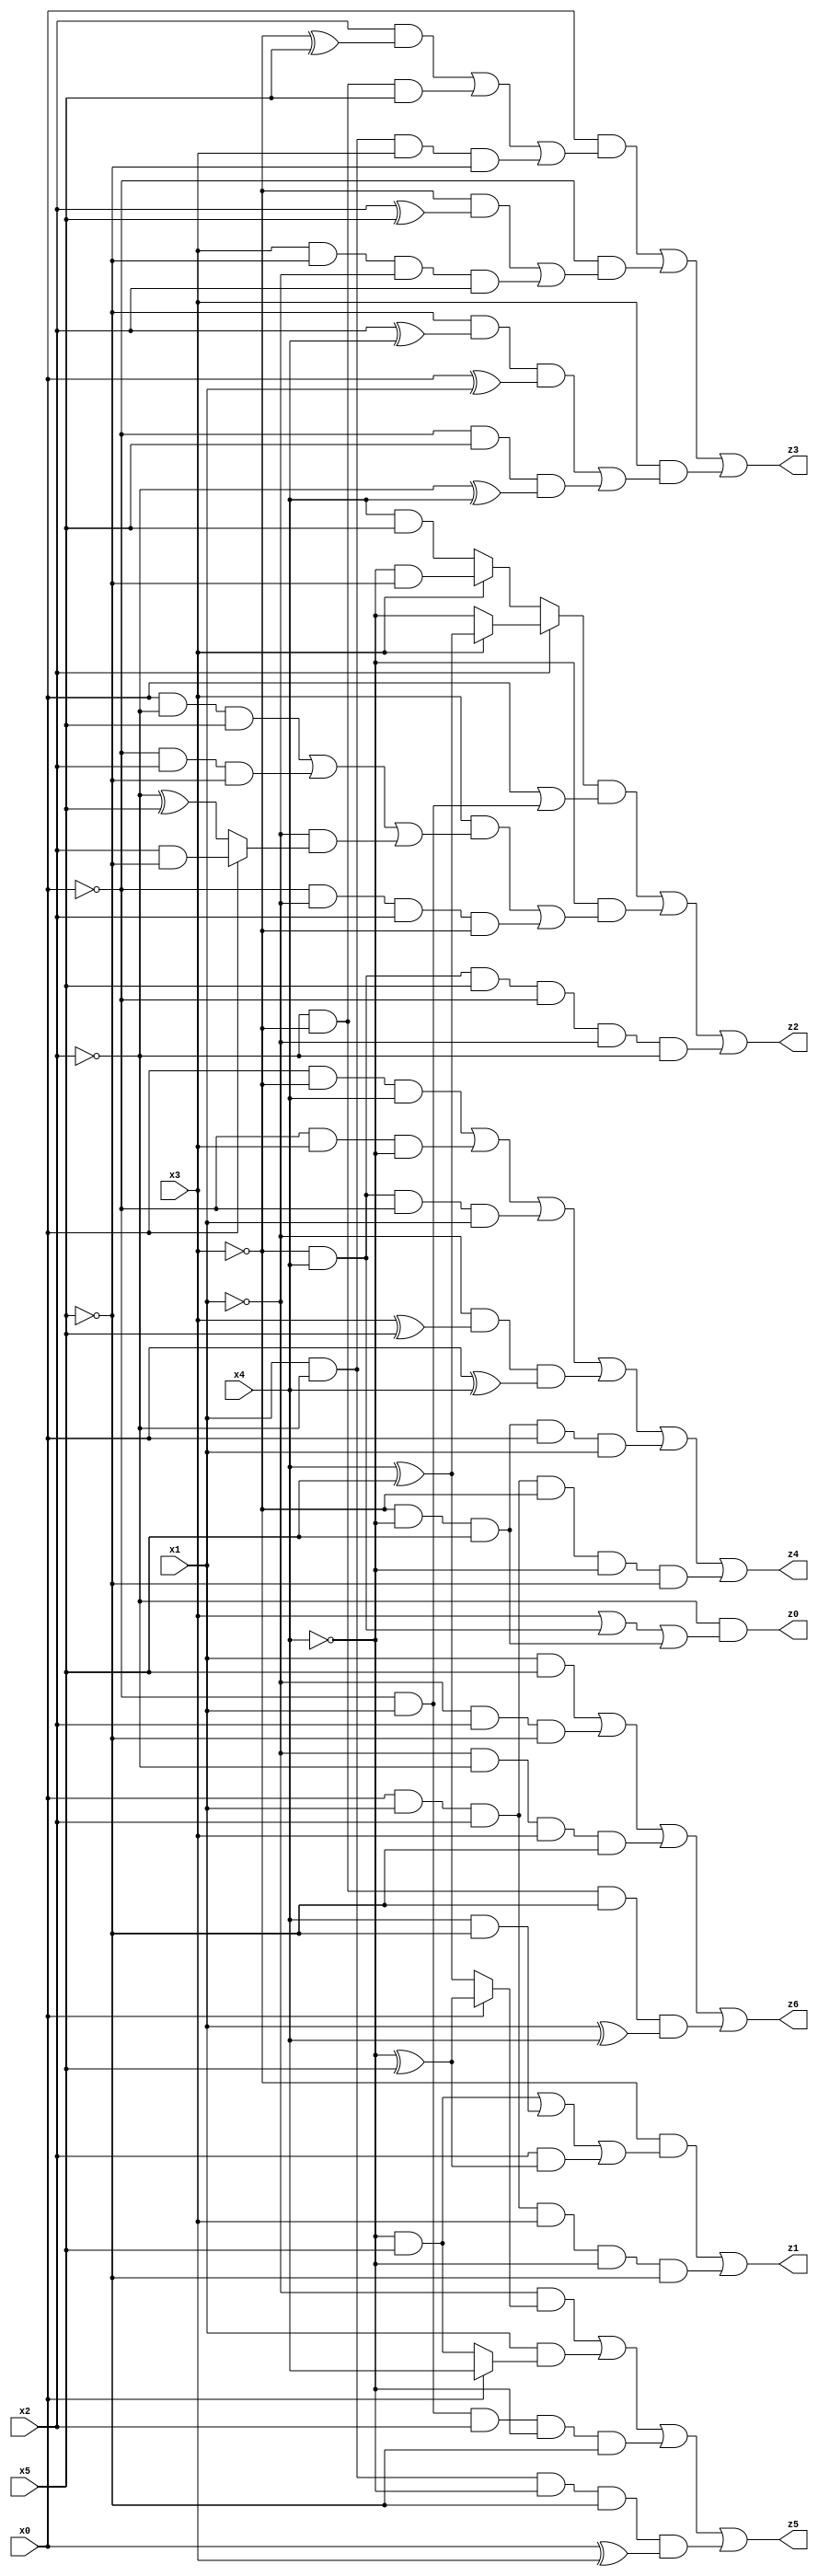
// Benchmark "X_5" written by ABC on Wed Jun 07 15:38:30 2023

module X_33 ( 
    x0, x1, x2, x3, x4, x5,
    z0, z1, z2, z3, z4, z5, z6  );
  input  x0, x1, x2, x3, x4, x5;
  output z0, z1, z2, z3, z4, z5, z6;
  assign z0 = ~x2 & (x3 | (~x3 & x4) | (~x3 & ~x4 & x5));
  assign z1 = (~x3 & ((~x4 & x5) | (x4 & ~x5) | (x2 & (~x4 ^ x5)))) | (x0 & x1 & x2 & x3 & ~x4 & ~x5);
  assign z2 = ((x2 ? (x3 ? (x4 ^ x5) : ~x4) : (x3 ? (~x4 & ~x5) : (x4 & x5))) & (x0 | (~x0 & x1))) | (~x4 & ((x3 & ((x0 & ~x2 & x5) | (~x0 & x2 & ~x5) | (~x1 & (x0 ? (x2 & ~x5) : (~x2 ^ x5))))) | (~x0 & ~x1 & x2 & ~x3))) | (~x3 & x4 & x5 & ~x0 & ~x1 & ~x2);
  assign z3 = (x0 & ((x2 & (~x3 ^ x5)) | (~x2 & ~x3 & x5) | (x1 & ~x2 & x3 & ~x5))) | (~x0 & ((~x3 & (x2 ^ x5)) | (x3 & ~x5 & ~x1 & x2))) | (x3 & ((~x5 & (x2 ^ x4) & (x0 ^ x1)) | (~x0 & x5 & (~x2 ^ x4))));
  assign z4 = (x0 & ~x3 & x4) | (~x0 & x3 & ~x4) | (~x3 & x4 & ~x0 & x1) | (~x1 & (x3 ^ x5) & (x0 ^ x4)) | (~x3 & ~x4 & x5 & x0 & x1) | (x0 & x1 & x2 & ~x3 & ~x4 & ~x5);
  assign z5 = (~x1 & (x0 ? (~x4 ^ x5) : (x4 ^ x5))) | (x1 & (x0 ? x4 : (~x4 & x5))) | (~x0 & x1 & x2 & ~x4 & ~x5) | (x1 & ~x2 & ~x4 & ~x5 & (x0 ^ x3));
  assign z6 = (x1 & x5) | (~x1 & x2 & ~x5) | (~x1 & ~x2 & x3 & ~x5) | (~x2 & ~x3 & ~x5 & (x1 ^ x4));
endmodule